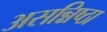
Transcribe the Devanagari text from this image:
असन्निष्ठा